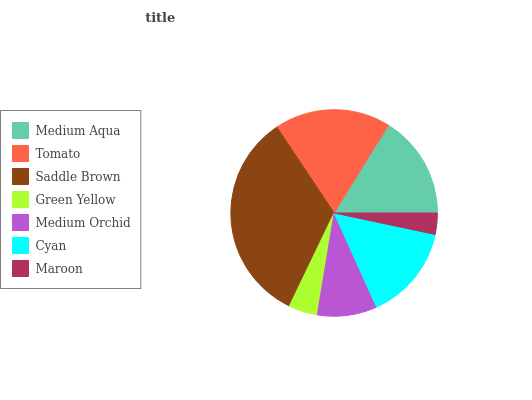
| Medium Aqua | Tomato | Saddle Brown | Green Yellow | Medium Orchid | Cyan | Maroon |
 | --- | --- | --- | --- | --- | --- | --- |
 | 16.2% | 18.2% | 33.4% | 4.54% | 9.35% | 14.9% | 3.33% |